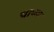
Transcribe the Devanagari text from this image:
चाच्या